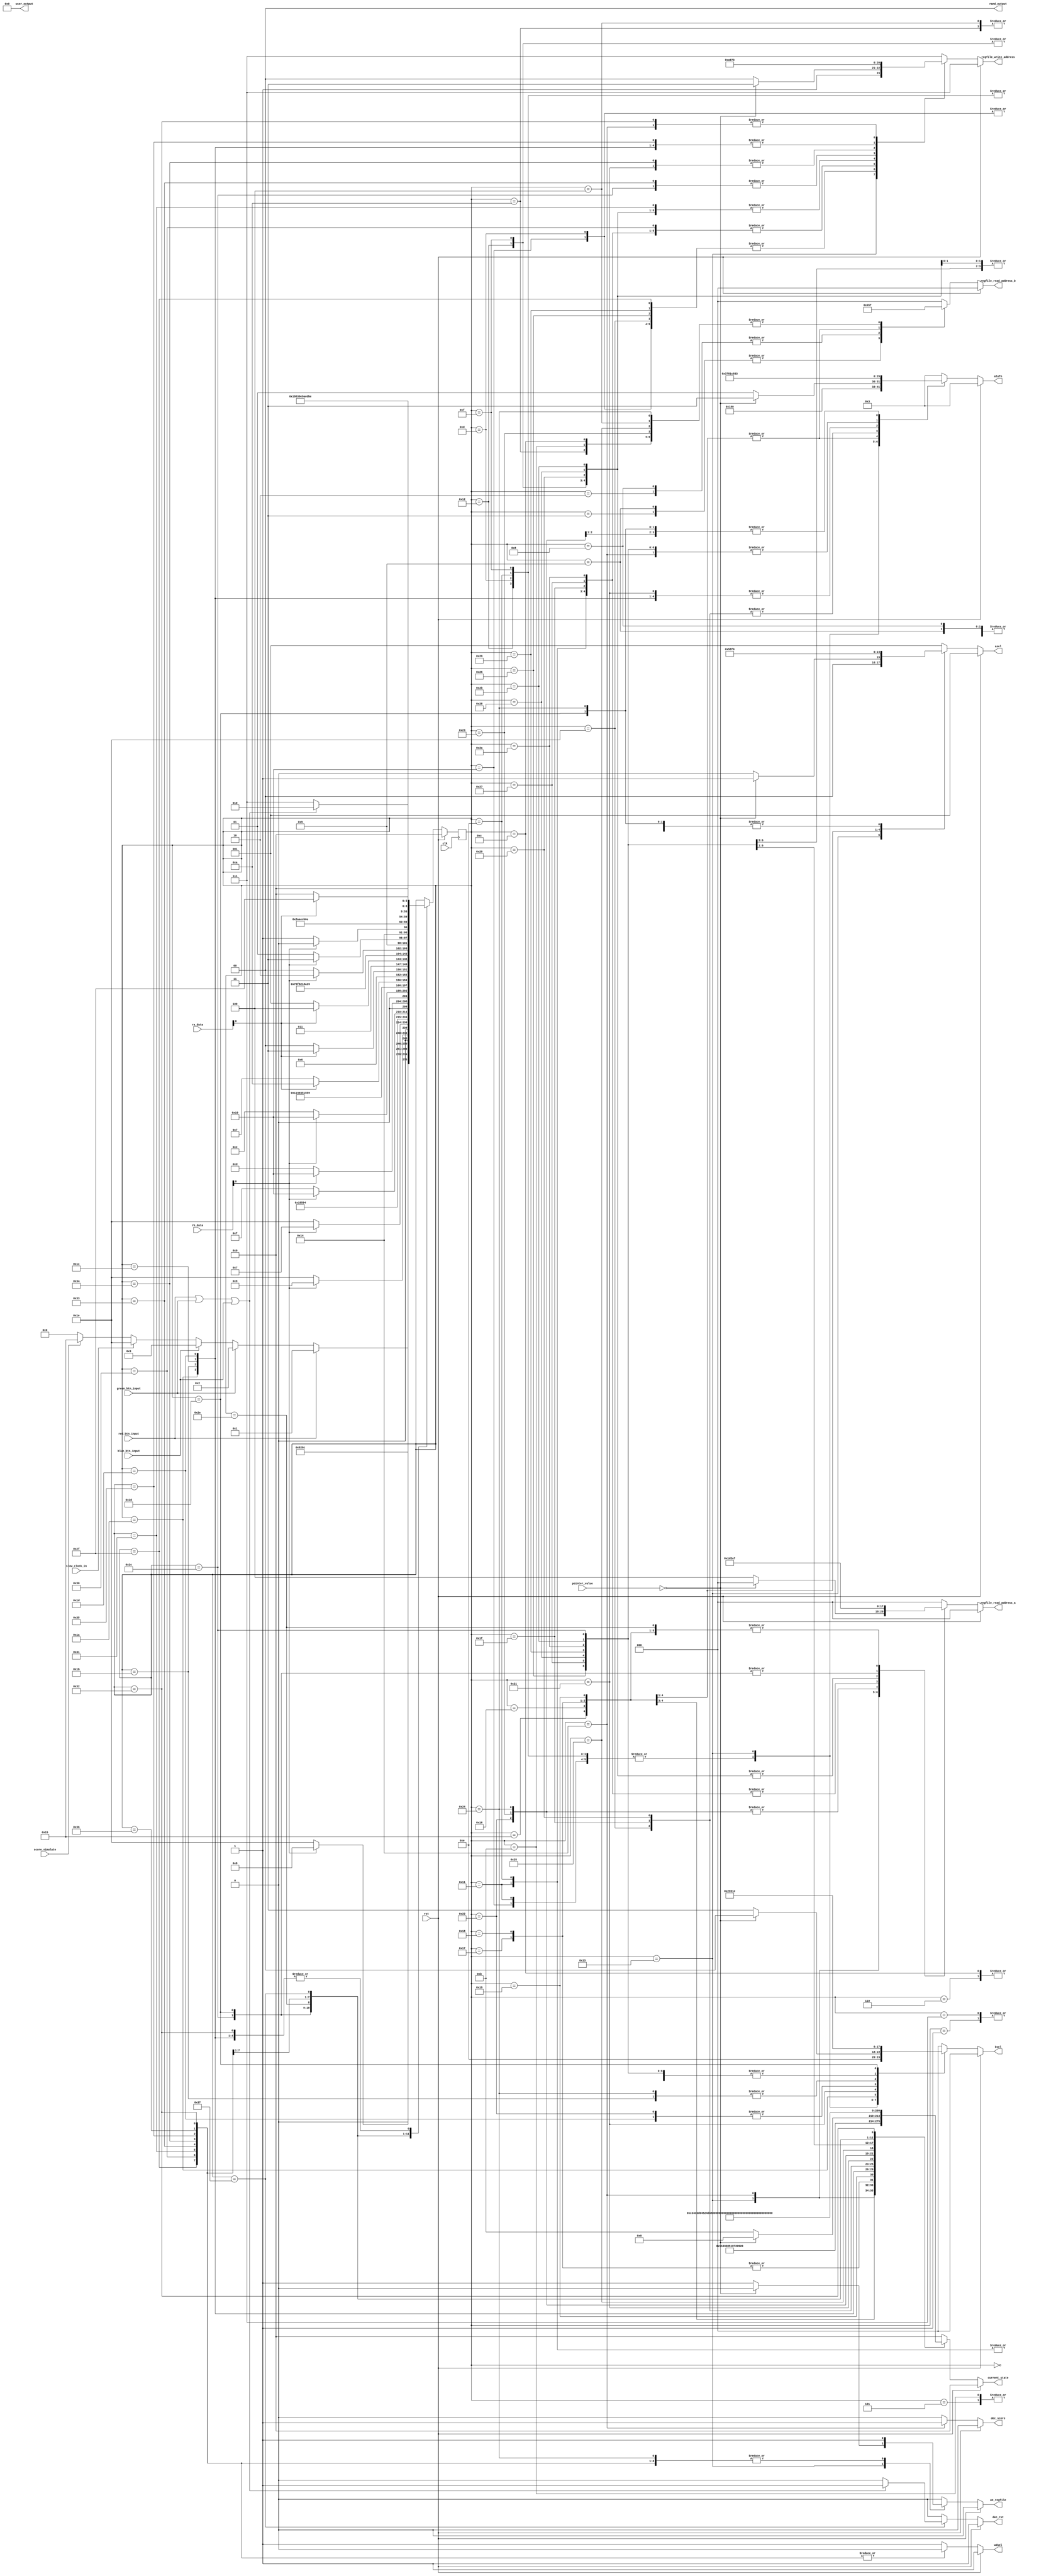
/*
   This file was generated automatically by Alchitry Labs version 1.2.1.
   Do not edit this file directly. Instead edit the original Lucid source.
   This is a temporary file and any changes made to it will be destroyed.
*/

module control_unit_9 (
    input clk,
    input rst,
    input red_btn_input,
    input green_btn_input,
    input blue_btn_input,
    input [9:0] rb_data,
    input [9:0] ra_data,
    input slow_clock_in,
    input score_simulate,
    input [9:0] pointer_value,
    output reg [1:0] rand_output,
    output reg [9:0] user_output,
    output reg [5:0] current_state,
    output reg [5:0] alufn,
    output reg [2:0] asel,
    output reg [2:0] bsel,
    output reg [2:0] regfile_write_address,
    output reg [2:0] regfile_read_address_a,
    output reg [2:0] regfile_read_address_b,
    output reg we_regfile,
    output reg wdsel,
    output reg dec_rst,
    output reg dec_score
  );
  
  
  
  localparam IDLE_game_fsm = 6'd0;
  localparam CHECK_RED_game_fsm = 6'd1;
  localparam CHECK_GREEN_game_fsm = 6'd2;
  localparam CHECK_BLUE_game_fsm = 6'd3;
  localparam BRANCH_RED_game_fsm = 6'd4;
  localparam BRANCH_GREEN_game_fsm = 6'd5;
  localparam BRANCH_BLUE_game_fsm = 6'd6;
  localparam CHECK_WHITE_RED_game_fsm = 6'd7;
  localparam CHECK_WHITE_GREEN_game_fsm = 6'd8;
  localparam CHECK_WHITE_BLUE_game_fsm = 6'd9;
  localparam BRANCH_WHITE_RED_game_fsm = 6'd10;
  localparam BRANCH_WHITE_GREEN_game_fsm = 6'd11;
  localparam BRANCH_WHITE_BLUE_game_fsm = 6'd12;
  localparam REMOVE_R0_DATA_game_fsm = 6'd13;
  localparam REMOVE_R1_DATA_game_fsm = 6'd14;
  localparam REMOVE_R2_DATA_game_fsm = 6'd15;
  localparam REMOVE_ALL_R0_DATA_game_fsm = 6'd16;
  localparam REMOVE_ALL_R1_DATA_game_fsm = 6'd17;
  localparam REMOVE_ALL_R2_DATA_game_fsm = 6'd18;
  localparam SUB_POINTER_game_fsm = 6'd19;
  localparam ADD_SCORE_game_fsm = 6'd20;
  localparam BRANCH_CHECK_SCORE_60_game_fsm = 6'd21;
  localparam BRANCH_CHECK_SCORE_30_game_fsm = 6'd22;
  localparam BRANCH_CHECK_SCORE_10_game_fsm = 6'd23;
  localparam BRANCH_CHECK_SCORE_0_game_fsm = 6'd24;
  localparam BRANCH_DIFF_1_game_fsm = 6'd25;
  localparam SET_DIFF_3_game_fsm = 6'd26;
  localparam SET_DIFF_2_game_fsm = 6'd27;
  localparam SET_DIFF_1_game_fsm = 6'd28;
  localparam SET_DIFF_0_game_fsm = 6'd29;
  localparam SHIFT_R0_ONE_game_fsm = 6'd30;
  localparam SHIFT_R1_ONE_game_fsm = 6'd31;
  localparam SHIFT_R2_ONE_game_fsm = 6'd32;
  localparam GENERATE_RAND_game_fsm = 6'd33;
  localparam BRANCH_CHECK_RAND_0_game_fsm = 6'd34;
  localparam BRANCH_CHECK_RAND_1_game_fsm = 6'd35;
  localparam BRANCH_CHECK_RAND_2_game_fsm = 6'd36;
  localparam BRANCH_CHECK_RAND_3_game_fsm = 6'd37;
  localparam ADD_ONE_RED_game_fsm = 6'd38;
  localparam ADD_ONE_GREEN_game_fsm = 6'd39;
  localparam ADD_ONE_BLUE_game_fsm = 6'd40;
  localparam ADD_ONE_ALL_RED_game_fsm = 6'd41;
  localparam ADD_ONE_ALL_GREEN_game_fsm = 6'd42;
  localparam ADD_ONE_ALL_BLUE_game_fsm = 6'd43;
  localparam ADD_POINTER_game_fsm = 6'd44;
  localparam CHECK_POINTER_game_fsm = 6'd45;
  localparam BRANCH_CHECK_POINTER_game_fsm = 6'd46;
  localparam RESET_REGISTERS_R0_game_fsm = 6'd47;
  localparam RESET_REGISTERS_R1_game_fsm = 6'd48;
  localparam RESET_REGISTERS_R2_game_fsm = 6'd49;
  localparam RESET_REGISTERS_R3_game_fsm = 6'd50;
  localparam RESET_REGISTERS_R4_game_fsm = 6'd51;
  localparam RESET_REGISTERS_R5_game_fsm = 6'd52;
  localparam RESET_REGISTERS_R6_game_fsm = 6'd53;
  localparam RESET_REGISTERS_R7_game_fsm = 6'd54;
  localparam GAMEOVER_game_fsm = 6'd55;
  
  reg [5:0] M_game_fsm_d, M_game_fsm_q = IDLE_game_fsm;
  
  always @* begin
    M_game_fsm_d = M_game_fsm_q;
    
    dec_rst = 1'h0;
    dec_score = 1'h0;
    alufn = 2'h3;
    asel = 1'h1;
    bsel = 1'h0;
    we_regfile = 1'h0;
    regfile_write_address = 7'h6f;
    regfile_read_address_a = 1'h0;
    regfile_read_address_b = 1'h0;
    rand_output = 1'h0;
    user_output = 1'h0;
    wdsel = 1'h1;
    current_state = 1'h0;
    if (rst) begin
      M_game_fsm_d = IDLE_game_fsm;
      dec_rst = 1'h1;
    end else begin
      
      case (M_game_fsm_q)
        IDLE_game_fsm: begin
          we_regfile = 1'h0;
          current_state = 6'h01;
          if (red_btn_input) begin
            M_game_fsm_d = CHECK_RED_game_fsm;
          end else begin
            if (green_btn_input) begin
              M_game_fsm_d = CHECK_GREEN_game_fsm;
            end else begin
              if (blue_btn_input) begin
                M_game_fsm_d = CHECK_BLUE_game_fsm;
              end else begin
                if (slow_clock_in) begin
                  M_game_fsm_d = SHIFT_R0_ONE_game_fsm;
                end else begin
                  if (score_simulate) begin
                    M_game_fsm_d = BRANCH_CHECK_SCORE_60_game_fsm;
                  end else begin
                    M_game_fsm_d = IDLE_game_fsm;
                  end
                end
              end
            end
          end
        end
        CHECK_RED_game_fsm: begin
          we_regfile = 1'h1;
          regfile_read_address_b = 3'h0;
          regfile_write_address = 3'h7;
          asel = 3'h1;
          bsel = 3'h0;
          alufn = 6'h03;
          wdsel = 1'h1;
          current_state = 6'h02;
          M_game_fsm_d = BRANCH_RED_game_fsm;
        end
        CHECK_GREEN_game_fsm: begin
          we_regfile = 1'h1;
          regfile_read_address_b = 3'h1;
          regfile_write_address = 3'h7;
          asel = 3'h1;
          bsel = 3'h0;
          alufn = 6'h03;
          wdsel = 1'h1;
          current_state = 6'h03;
          M_game_fsm_d = BRANCH_GREEN_game_fsm;
        end
        CHECK_BLUE_game_fsm: begin
          we_regfile = 1'h1;
          regfile_read_address_b = 3'h2;
          regfile_write_address = 3'h7;
          asel = 3'h1;
          bsel = 3'h0;
          alufn = 6'h03;
          wdsel = 1'h1;
          current_state = 6'h04;
          M_game_fsm_d = BRANCH_BLUE_game_fsm;
        end
        BRANCH_RED_game_fsm: begin
          we_regfile = 1'h0;
          regfile_read_address_b = 3'h7;
          current_state = 6'h05;
          if (rb_data[0+0-:1] == 1'h1) begin
            M_game_fsm_d = CHECK_WHITE_GREEN_game_fsm;
          end else begin
            M_game_fsm_d = SHIFT_R0_ONE_game_fsm;
          end
        end
        BRANCH_GREEN_game_fsm: begin
          we_regfile = 1'h0;
          regfile_read_address_b = 3'h7;
          current_state = 6'h06;
          if (rb_data[0+0-:1] == 1'h1) begin
            M_game_fsm_d = CHECK_WHITE_BLUE_game_fsm;
          end else begin
            M_game_fsm_d = SHIFT_R0_ONE_game_fsm;
          end
        end
        BRANCH_BLUE_game_fsm: begin
          we_regfile = 1'h0;
          regfile_read_address_b = 3'h7;
          current_state = 6'h07;
          if (rb_data[0+0-:1] == 1'h1) begin
            M_game_fsm_d = CHECK_WHITE_RED_game_fsm;
          end else begin
            M_game_fsm_d = SHIFT_R0_ONE_game_fsm;
          end
        end
        CHECK_WHITE_BLUE_game_fsm: begin
          we_regfile = 1'h1;
          regfile_read_address_b = 3'h2;
          regfile_write_address = 3'h7;
          asel = 3'h1;
          bsel = 3'h0;
          alufn = 6'h03;
          wdsel = 1'h1;
          current_state = 6'h03;
          M_game_fsm_d = BRANCH_WHITE_BLUE_game_fsm;
        end
        CHECK_WHITE_GREEN_game_fsm: begin
          we_regfile = 1'h1;
          regfile_read_address_b = 3'h1;
          regfile_write_address = 3'h7;
          asel = 3'h1;
          bsel = 3'h0;
          alufn = 6'h03;
          wdsel = 1'h1;
          current_state = 6'h03;
          M_game_fsm_d = BRANCH_WHITE_GREEN_game_fsm;
        end
        CHECK_WHITE_RED_game_fsm: begin
          we_regfile = 1'h1;
          regfile_read_address_b = 3'h0;
          regfile_write_address = 3'h7;
          asel = 3'h1;
          bsel = 3'h0;
          alufn = 6'h03;
          wdsel = 1'h1;
          current_state = 6'h02;
          M_game_fsm_d = BRANCH_WHITE_RED_game_fsm;
        end
        BRANCH_WHITE_RED_game_fsm: begin
          we_regfile = 1'h0;
          regfile_read_address_b = 3'h7;
          current_state = 6'h05;
          if (rb_data[0+0-:1] == 1'h1) begin
            M_game_fsm_d = REMOVE_ALL_R0_DATA_game_fsm;
          end else begin
            M_game_fsm_d = REMOVE_R2_DATA_game_fsm;
          end
        end
        BRANCH_WHITE_GREEN_game_fsm: begin
          we_regfile = 1'h0;
          regfile_read_address_b = 3'h7;
          current_state = 6'h06;
          if (rb_data[0+0-:1] == 1'h1) begin
            M_game_fsm_d = REMOVE_ALL_R0_DATA_game_fsm;
          end else begin
            M_game_fsm_d = REMOVE_R0_DATA_game_fsm;
          end
        end
        BRANCH_WHITE_BLUE_game_fsm: begin
          we_regfile = 1'h0;
          regfile_read_address_b = 3'h7;
          current_state = 6'h07;
          if (rb_data[0+0-:1] == 1'h1) begin
            M_game_fsm_d = REMOVE_ALL_R0_DATA_game_fsm;
          end else begin
            M_game_fsm_d = REMOVE_R1_DATA_game_fsm;
          end
        end
        REMOVE_ALL_R0_DATA_game_fsm: begin
          we_regfile = 1'h1;
          regfile_read_address_a = 3'h0;
          regfile_write_address = 3'h0;
          asel = 3'h0;
          bsel = 3'h7;
          alufn = 6'h18;
          current_state = 6'h08;
          M_game_fsm_d = REMOVE_ALL_R1_DATA_game_fsm;
        end
        REMOVE_ALL_R1_DATA_game_fsm: begin
          we_regfile = 1'h1;
          regfile_read_address_a = 3'h1;
          regfile_write_address = 3'h1;
          asel = 3'h0;
          bsel = 3'h7;
          alufn = 6'h18;
          current_state = 6'h09;
          M_game_fsm_d = REMOVE_ALL_R2_DATA_game_fsm;
        end
        REMOVE_ALL_R2_DATA_game_fsm: begin
          we_regfile = 1'h1;
          regfile_read_address_a = 3'h2;
          regfile_write_address = 3'h2;
          asel = 3'h0;
          bsel = 3'h7;
          alufn = 6'h18;
          current_state = 6'h0a;
          M_game_fsm_d = SUB_POINTER_game_fsm;
        end
        REMOVE_R0_DATA_game_fsm: begin
          we_regfile = 1'h1;
          regfile_read_address_a = 3'h0;
          regfile_write_address = 3'h0;
          asel = 3'h0;
          bsel = 3'h7;
          alufn = 6'h18;
          current_state = 6'h08;
          M_game_fsm_d = SUB_POINTER_game_fsm;
        end
        REMOVE_R1_DATA_game_fsm: begin
          we_regfile = 1'h1;
          regfile_read_address_a = 3'h1;
          regfile_write_address = 3'h1;
          asel = 3'h0;
          bsel = 3'h7;
          alufn = 6'h18;
          current_state = 6'h09;
          M_game_fsm_d = SUB_POINTER_game_fsm;
        end
        REMOVE_R2_DATA_game_fsm: begin
          we_regfile = 1'h1;
          regfile_read_address_a = 3'h2;
          regfile_write_address = 3'h2;
          asel = 3'h0;
          bsel = 3'h7;
          alufn = 6'h18;
          current_state = 6'h0a;
          M_game_fsm_d = SUB_POINTER_game_fsm;
        end
        SUB_POINTER_game_fsm: begin
          if (pointer_value == 10'h000) begin
            M_game_fsm_d = ADD_SCORE_game_fsm;
          end else begin
            we_regfile = 1'h1;
            regfile_read_address_a = 3'h4;
            regfile_write_address = 3'h4;
            asel = 3'h0;
            bsel = 3'h3;
            wdsel = 1'h1;
            alufn = 6'h01;
            current_state = 6'h0b;
            M_game_fsm_d = ADD_SCORE_game_fsm;
          end
        end
        ADD_SCORE_game_fsm: begin
          dec_score = 1'h1;
          we_regfile = 1'h1;
          regfile_read_address_a = 3'h3;
          regfile_write_address = 3'h3;
          asel = 3'h0;
          bsel = 3'h3;
          wdsel = 1'h1;
          alufn = 6'h00;
          current_state = 6'h0c;
          M_game_fsm_d = BRANCH_CHECK_SCORE_60_game_fsm;
        end
        BRANCH_CHECK_SCORE_60_game_fsm: begin
          we_regfile = 1'h1;
          regfile_read_address_a = 3'h7;
          regfile_read_address_b = 3'h3;
          regfile_write_address = 3'h7;
          asel = 3'h5;
          bsel = 3'h0;
          wdsel = 1'h1;
          alufn = 6'h37;
          current_state = 6'h0d;
          M_game_fsm_d = BRANCH_CHECK_SCORE_30_game_fsm;
        end
        BRANCH_CHECK_SCORE_30_game_fsm: begin
          we_regfile = 1'h1;
          regfile_read_address_a = 3'h7;
          regfile_read_address_b = 3'h3;
          regfile_write_address = 3'h7;
          asel = 3'h4;
          bsel = 3'h0;
          wdsel = 1'h1;
          alufn = 6'h37;
          current_state = 6'h0e;
          if (ra_data[0+0-:1] == 1'h1) begin
            M_game_fsm_d = SET_DIFF_3_game_fsm;
          end else begin
            M_game_fsm_d = BRANCH_CHECK_SCORE_10_game_fsm;
          end
        end
        BRANCH_CHECK_SCORE_10_game_fsm: begin
          we_regfile = 1'h1;
          regfile_read_address_a = 3'h7;
          regfile_read_address_b = 3'h3;
          regfile_write_address = 3'h7;
          asel = 3'h3;
          bsel = 3'h0;
          wdsel = 1'h1;
          alufn = 6'h37;
          current_state = 6'h0f;
          if (ra_data[0+0-:1] == 1'h1) begin
            M_game_fsm_d = SET_DIFF_2_game_fsm;
          end else begin
            M_game_fsm_d = BRANCH_CHECK_SCORE_0_game_fsm;
          end
        end
        BRANCH_CHECK_SCORE_0_game_fsm: begin
          we_regfile = 1'h1;
          regfile_read_address_a = 3'h7;
          regfile_read_address_b = 3'h3;
          regfile_write_address = 3'h7;
          asel = 3'h6;
          bsel = 3'h0;
          wdsel = 1'h1;
          alufn = 6'h37;
          current_state = 6'h0f;
          if (ra_data[0+0-:1] == 1'h1) begin
            M_game_fsm_d = SET_DIFF_1_game_fsm;
          end else begin
            M_game_fsm_d = BRANCH_DIFF_1_game_fsm;
          end
        end
        BRANCH_DIFF_1_game_fsm: begin
          we_regfile = 1'h0;
          regfile_read_address_a = 3'h7;
          current_state = 6'h10;
          M_game_fsm_d = SET_DIFF_0_game_fsm;
        end
        SET_DIFF_3_game_fsm: begin
          we_regfile = 1'h1;
          regfile_write_address = 3'h6;
          bsel = 3'h5;
          wdsel = 1'h1;
          alufn = 6'h1c;
          current_state = 6'h11;
          M_game_fsm_d = IDLE_game_fsm;
        end
        SET_DIFF_2_game_fsm: begin
          we_regfile = 1'h1;
          regfile_write_address = 3'h6;
          bsel = 3'h4;
          wdsel = 1'h1;
          alufn = 6'h1c;
          current_state = 6'h12;
          M_game_fsm_d = IDLE_game_fsm;
        end
        SET_DIFF_1_game_fsm: begin
          we_regfile = 1'h1;
          regfile_write_address = 3'h6;
          bsel = 3'h3;
          wdsel = 1'h1;
          alufn = 6'h1c;
          current_state = 6'h13;
          M_game_fsm_d = IDLE_game_fsm;
        end
        SET_DIFF_0_game_fsm: begin
          we_regfile = 1'h1;
          regfile_write_address = 3'h6;
          bsel = 3'h2;
          wdsel = 1'h1;
          alufn = 6'h1c;
          current_state = 6'h14;
          M_game_fsm_d = IDLE_game_fsm;
        end
        SHIFT_R0_ONE_game_fsm: begin
          we_regfile = 1'h1;
          regfile_read_address_a = 3'h0;
          regfile_write_address = 3'h0;
          asel = 3'h0;
          bsel = 3'h3;
          wdsel = 1'h1;
          alufn = 6'h20;
          current_state = 6'h15;
          M_game_fsm_d = SHIFT_R1_ONE_game_fsm;
        end
        SHIFT_R1_ONE_game_fsm: begin
          we_regfile = 1'h1;
          regfile_read_address_a = 3'h1;
          regfile_write_address = 3'h1;
          asel = 3'h0;
          bsel = 3'h3;
          wdsel = 1'h1;
          alufn = 6'h20;
          current_state = 6'h16;
          M_game_fsm_d = SHIFT_R2_ONE_game_fsm;
        end
        SHIFT_R2_ONE_game_fsm: begin
          we_regfile = 1'h1;
          regfile_read_address_a = 3'h2;
          regfile_write_address = 3'h2;
          asel = 3'h0;
          bsel = 3'h3;
          wdsel = 1'h1;
          alufn = 6'h20;
          current_state = 6'h17;
          M_game_fsm_d = GENERATE_RAND_game_fsm;
        end
        GENERATE_RAND_game_fsm: begin
          we_regfile = 1'h1;
          regfile_write_address = 3'h5;
          bsel = 3'h1;
          wdsel = 1'h1;
          alufn = 6'h1c;
          current_state = 6'h18;
          M_game_fsm_d = BRANCH_CHECK_RAND_0_game_fsm;
        end
        BRANCH_CHECK_RAND_0_game_fsm: begin
          we_regfile = 1'h1;
          regfile_read_address_a = 3'h5;
          regfile_write_address = 3'h7;
          asel = 3'h0;
          bsel = 3'h2;
          alufn = 6'h33;
          current_state = 6'h19;
          wdsel = 1'h1;
          M_game_fsm_d = BRANCH_CHECK_RAND_1_game_fsm;
        end
        BRANCH_CHECK_RAND_1_game_fsm: begin
          we_regfile = 1'h1;
          regfile_read_address_a = 3'h5;
          regfile_read_address_b = 3'h7;
          regfile_write_address = 3'h7;
          asel = 3'h0;
          bsel = 3'h3;
          alufn = 6'h33;
          current_state = 6'h1a;
          if (rb_data[0+0-:1] == 1'h1) begin
            M_game_fsm_d = ADD_ONE_RED_game_fsm;
          end else begin
            M_game_fsm_d = BRANCH_CHECK_RAND_2_game_fsm;
          end
        end
        BRANCH_CHECK_RAND_2_game_fsm: begin
          we_regfile = 1'h1;
          regfile_read_address_a = 3'h5;
          regfile_read_address_b = 3'h7;
          regfile_write_address = 3'h7;
          asel = 3'h0;
          bsel = 3'h4;
          alufn = 6'h33;
          current_state = 6'h1b;
          if (rb_data[0+0-:1] == 1'h1) begin
            M_game_fsm_d = ADD_ONE_GREEN_game_fsm;
          end else begin
            M_game_fsm_d = BRANCH_CHECK_RAND_3_game_fsm;
          end
        end
        BRANCH_CHECK_RAND_3_game_fsm: begin
          we_regfile = 1'h0;
          regfile_read_address_b = 3'h7;
          current_state = 6'h1c;
          if (rb_data[0+0-:1] == 1'h1) begin
            M_game_fsm_d = ADD_ONE_BLUE_game_fsm;
          end else begin
            M_game_fsm_d = ADD_ONE_ALL_RED_game_fsm;
          end
        end
        ADD_ONE_RED_game_fsm: begin
          we_regfile = 1'h1;
          regfile_read_address_a = 3'h0;
          regfile_write_address = 3'h0;
          asel = 3'h0;
          bsel = 3'h3;
          wdsel = 1'h1;
          alufn = 6'h00;
          current_state = 6'h1d;
          M_game_fsm_d = ADD_POINTER_game_fsm;
        end
        ADD_ONE_GREEN_game_fsm: begin
          we_regfile = 1'h1;
          regfile_read_address_a = 3'h1;
          regfile_write_address = 3'h1;
          asel = 3'h0;
          bsel = 3'h3;
          wdsel = 1'h1;
          alufn = 6'h00;
          current_state = 6'h1e;
          M_game_fsm_d = ADD_POINTER_game_fsm;
        end
        ADD_ONE_BLUE_game_fsm: begin
          we_regfile = 1'h1;
          regfile_read_address_a = 3'h2;
          regfile_write_address = 3'h2;
          asel = 3'h0;
          bsel = 3'h3;
          wdsel = 1'h1;
          alufn = 6'h00;
          current_state = 6'h1f;
          M_game_fsm_d = ADD_POINTER_game_fsm;
        end
        ADD_ONE_ALL_RED_game_fsm: begin
          we_regfile = 1'h1;
          regfile_read_address_a = 3'h0;
          regfile_write_address = 3'h0;
          asel = 3'h0;
          bsel = 3'h3;
          wdsel = 1'h1;
          alufn = 6'h00;
          current_state = 6'h20;
          M_game_fsm_d = ADD_ONE_ALL_GREEN_game_fsm;
        end
        ADD_ONE_ALL_GREEN_game_fsm: begin
          we_regfile = 1'h1;
          regfile_read_address_a = 3'h1;
          regfile_write_address = 3'h1;
          asel = 3'h0;
          bsel = 3'h3;
          wdsel = 1'h1;
          alufn = 6'h00;
          current_state = 6'h21;
          M_game_fsm_d = ADD_ONE_ALL_BLUE_game_fsm;
        end
        ADD_ONE_ALL_BLUE_game_fsm: begin
          we_regfile = 1'h1;
          regfile_read_address_a = 3'h2;
          regfile_write_address = 3'h2;
          asel = 3'h0;
          bsel = 3'h3;
          wdsel = 1'h1;
          alufn = 6'h00;
          current_state = 6'h22;
          M_game_fsm_d = ADD_POINTER_game_fsm;
        end
        ADD_POINTER_game_fsm: begin
          we_regfile = 1'h1;
          regfile_read_address_a = 3'h4;
          regfile_write_address = 3'h4;
          asel = 3'h0;
          bsel = 3'h3;
          wdsel = 1'h1;
          alufn = 6'h00;
          current_state = 6'h23;
          M_game_fsm_d = CHECK_POINTER_game_fsm;
        end
        CHECK_POINTER_game_fsm: begin
          we_regfile = 1'h1;
          regfile_read_address_a = 3'h4;
          regfile_write_address = 3'h7;
          asel = 3'h0;
          bsel = 3'h6;
          wdsel = 1'h1;
          alufn = 6'h33;
          current_state = 6'h24;
          M_game_fsm_d = BRANCH_CHECK_POINTER_game_fsm;
        end
        BRANCH_CHECK_POINTER_game_fsm: begin
          we_regfile = 1'h1;
          regfile_read_address_a = 3'h7;
          current_state = 6'h25;
          if (ra_data[0+0-:1] == 1'h1) begin
            M_game_fsm_d = RESET_REGISTERS_R0_game_fsm;
          end else begin
            M_game_fsm_d = IDLE_game_fsm;
          end
        end
        RESET_REGISTERS_R0_game_fsm: begin
          we_regfile = 1'h1;
          regfile_write_address = 3'h0;
          wdsel = 1'h0;
          current_state = 6'h26;
          M_game_fsm_d = RESET_REGISTERS_R1_game_fsm;
        end
        RESET_REGISTERS_R1_game_fsm: begin
          we_regfile = 1'h1;
          regfile_write_address = 3'h1;
          wdsel = 1'h0;
          current_state = 6'h27;
          M_game_fsm_d = RESET_REGISTERS_R2_game_fsm;
        end
        RESET_REGISTERS_R2_game_fsm: begin
          we_regfile = 1'h1;
          regfile_write_address = 3'h2;
          wdsel = 1'h0;
          current_state = 6'h28;
          M_game_fsm_d = RESET_REGISTERS_R4_game_fsm;
        end
        RESET_REGISTERS_R4_game_fsm: begin
          we_regfile = 1'h1;
          regfile_write_address = 3'h4;
          wdsel = 1'h0;
          current_state = 6'h2a;
          M_game_fsm_d = RESET_REGISTERS_R5_game_fsm;
        end
        RESET_REGISTERS_R5_game_fsm: begin
          we_regfile = 1'h1;
          regfile_write_address = 3'h5;
          wdsel = 1'h0;
          current_state = 6'h2b;
          M_game_fsm_d = RESET_REGISTERS_R6_game_fsm;
        end
        RESET_REGISTERS_R6_game_fsm: begin
          we_regfile = 1'h1;
          regfile_write_address = 3'h6;
          wdsel = 1'h0;
          current_state = 6'h2e;
          M_game_fsm_d = RESET_REGISTERS_R7_game_fsm;
        end
        RESET_REGISTERS_R7_game_fsm: begin
          we_regfile = 1'h1;
          regfile_write_address = 3'h7;
          wdsel = 1'h0;
          current_state = 6'h2f;
          M_game_fsm_d = GAMEOVER_game_fsm;
        end
        GAMEOVER_game_fsm: begin
          we_regfile = 1'h0;
          current_state = 6'h30;
          if (red_btn_input || green_btn_input || blue_btn_input) begin
            M_game_fsm_d = RESET_REGISTERS_R3_game_fsm;
            dec_rst = 1'h1;
          end else begin
            M_game_fsm_d = GAMEOVER_game_fsm;
          end
        end
        RESET_REGISTERS_R3_game_fsm: begin
          we_regfile = 1'h1;
          regfile_write_address = 3'h3;
          wdsel = 1'h0;
          current_state = 6'h29;
          M_game_fsm_d = IDLE_game_fsm;
        end
      endcase
    end
  end
  
  always @(posedge clk) begin
    M_game_fsm_q <= M_game_fsm_d;
  end
  
endmodule